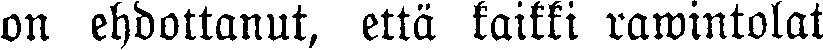
on ehdottanut, että kaikki rawintolat